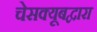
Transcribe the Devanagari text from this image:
चेसक्यूबद्वारा